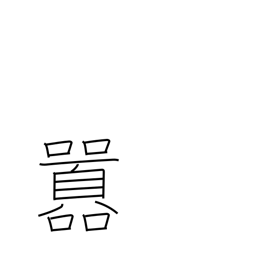
Meaning: noisy